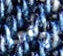
إلهي